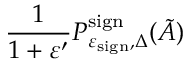
\frac { 1 } { 1 + \varepsilon ^ { \prime } } P _ { \varepsilon _ { \mathrm { s i g n } } , \Delta } ^ { \mathrm { s i g n } } ( \tilde { A } )